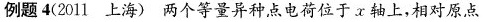
例题 4(2011 上海) 两个等量异种点电荷位于 x 轴上，相对原点